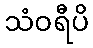
သံဝရီပိ